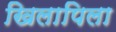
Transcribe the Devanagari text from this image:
खिलापिला